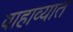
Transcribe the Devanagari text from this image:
वाहाव्यात